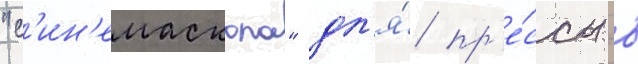
"с'ин'емаскопа" дл'я́ пр'е́ссы в